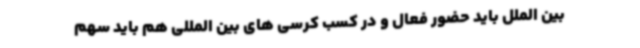
بین الملل باید حضور فعال و در کسب کرسی های بین المللی هم باید سهم